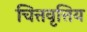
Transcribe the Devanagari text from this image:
चित्तवृत्तिय